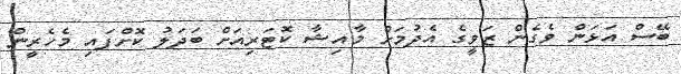
ބޭސް އަޅަން ވެގެން ޒަވީގެ އެދުމަށް މާއިޝާ ކޮޓަރިއަށް ބަދަލު ކޮށްފައި މެހެރީން